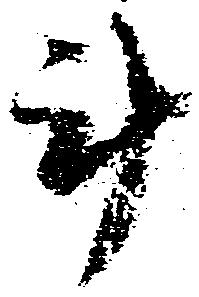
斗